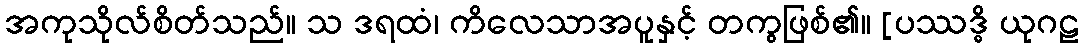
အကုသိုလ်စိတ်သည်။ သ ဒရထံ၊ ကိလေသာအပူနှင့် တကွဖြစ်၏။ [ပဿဒ္ဓိ ယုဂဠ